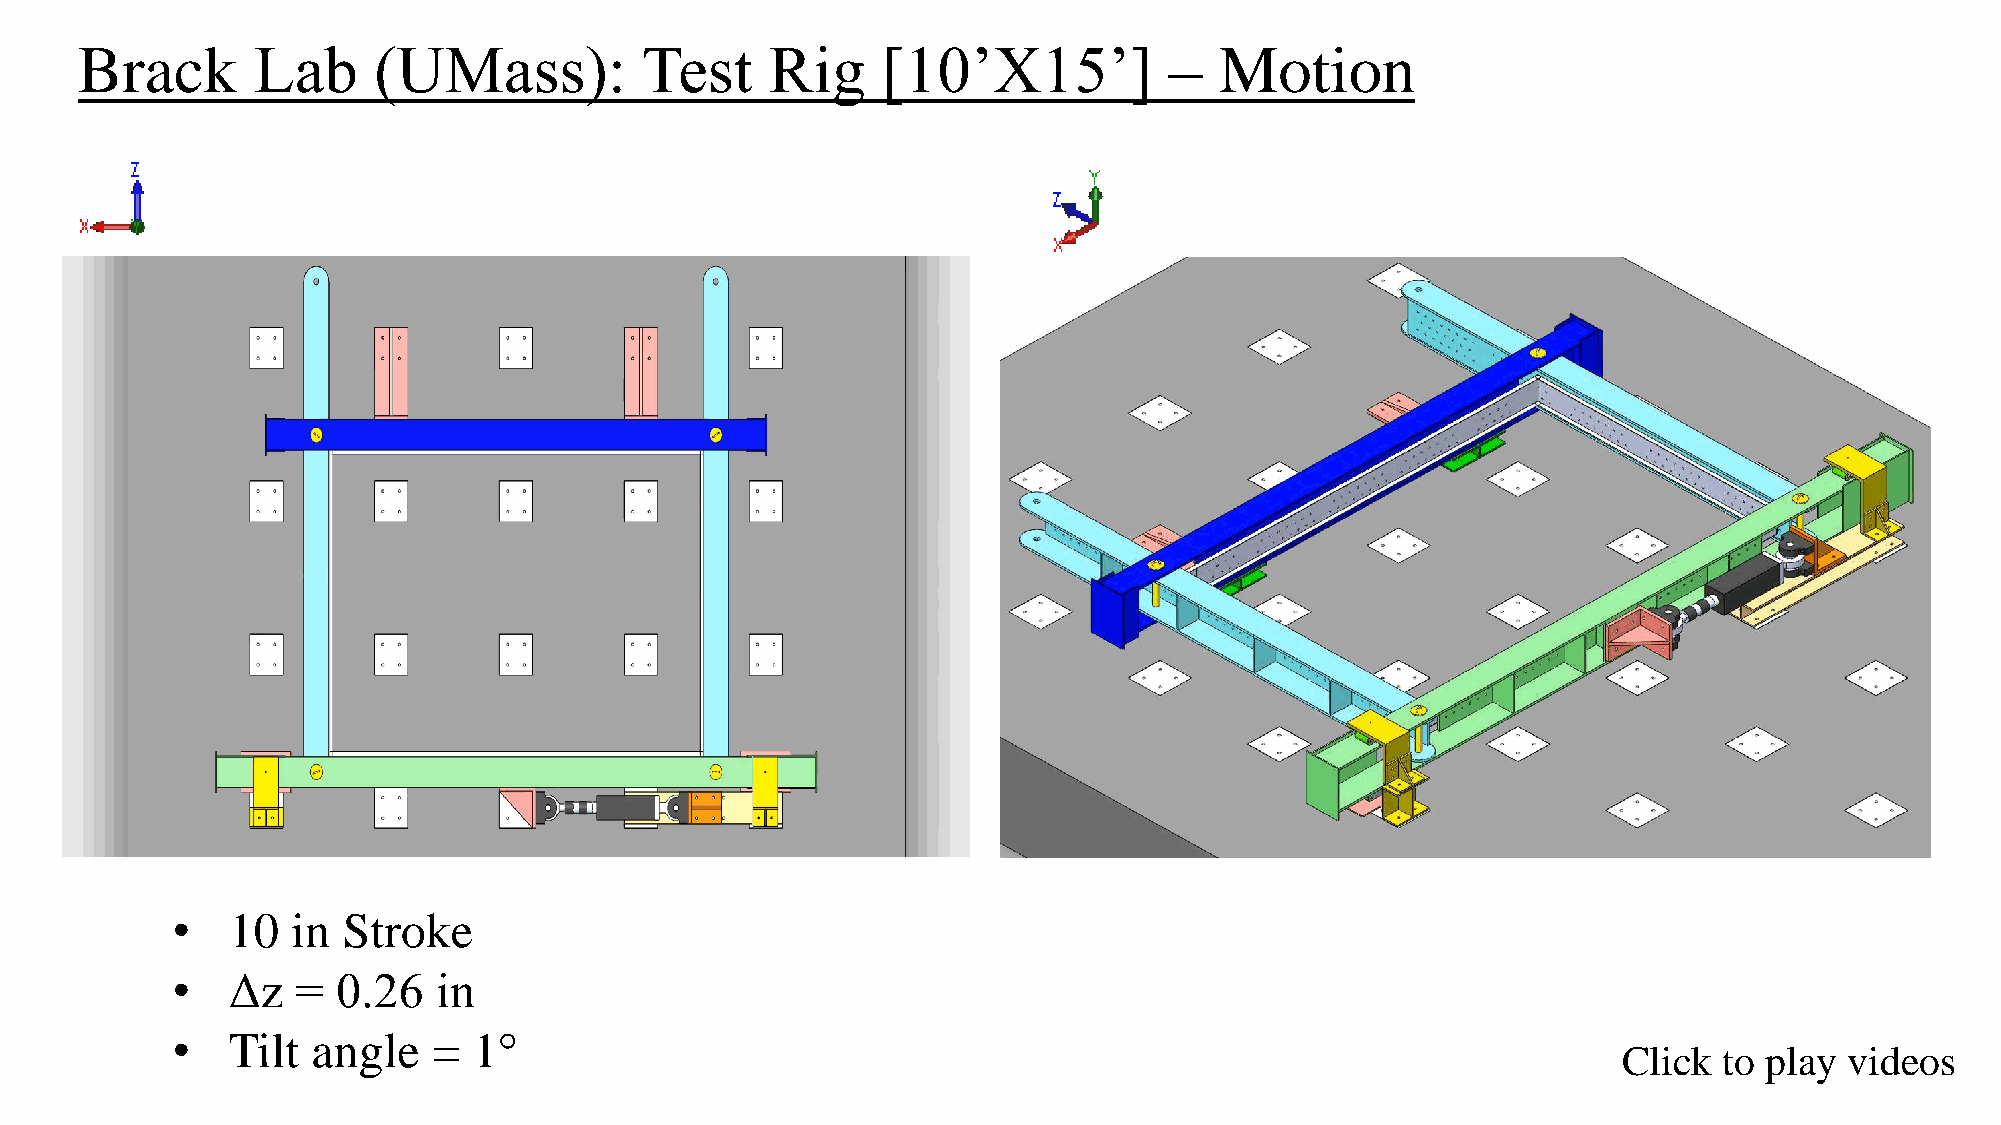
Brack       Lab     (UMass):         Test     Rig    [10’X15’]          –   Motion
 •   10  in  Stroke
 •   Δz   = 0.26   in
 •   Tilt  angle   = 1°
 Click  to play videos